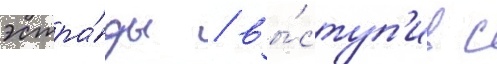
эстра́ды / вы́ступ'ив с